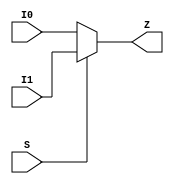
// SPDX-License-Identifier: Apache-2.0
// Copyright (C) 2019 Intel Corporation. All rights reserved
module c3aibadapt_cmn_clkmux2_cell
(
        output  wire    Z,
        input   wire    I0,
        input   wire    I1,
        input   wire    S
);

      assign Z = S ? I1 : I0;

endmodule // c3aibadapt_cmn_clkmux2_cell